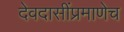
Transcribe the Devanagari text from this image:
देवदासींप्रमाणेच